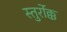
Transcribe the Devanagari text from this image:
स्तुर्रोक्क